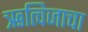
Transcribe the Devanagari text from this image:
ऋत्विजाचा